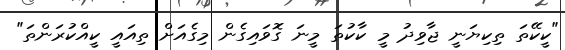
"ކީކޭތަ ތިކިޔަނީ ޖާވިދު މީ ކާކުތަ މީނަ ގޮވައިގެން މިގެއަށް ތިއައީ ކީއްކުރަންތަ"